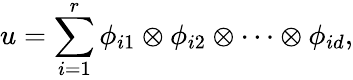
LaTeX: u=\sum_{i=1}^{r}\phi_{i1}\otimes\phi_{i2}\otimes\cdots\otimes\phi_{id},